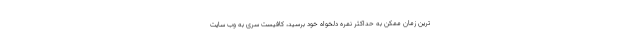
ترین زمان ممکن به حداکثر نمره دلخواه خود برسید، کافیست سری به وب سایت